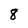
Character: 8